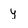
Character: y